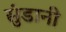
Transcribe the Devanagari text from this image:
सुंडानी